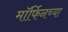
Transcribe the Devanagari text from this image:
मॉर्फिनच्या